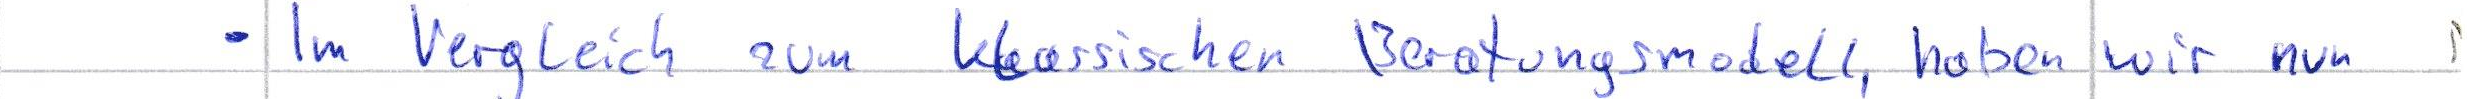
- Im Vergleich zum klassischen Beratungsmodell, haben wir nun